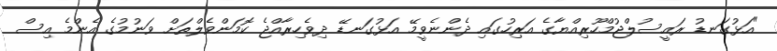
"އަޅުގަނޑު ރައީސުލްޖުމްހޫރިއްޔާގެ އަރިހުގައި ދެންނެވީމޭ އަޅުގަނޑޭ ދިވެހިރާއްޖެ ކޮމަންވެލްތަށް ވަނުމުގެ އެންމެ އިސް